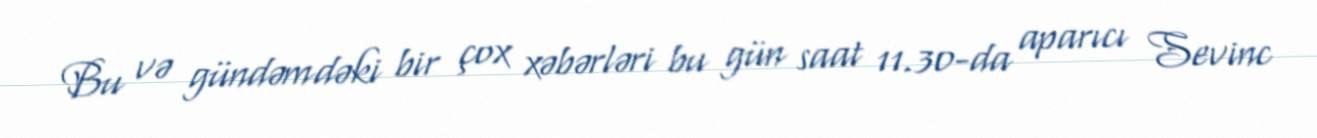
Bu və gündəmdəki bir çox xəbərləri bu gün saat 11.30-da aparıcı Sevinc